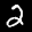
Label: 2